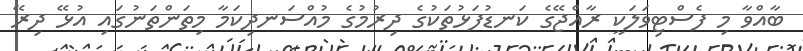
ބާއްވާ މި ފެސްޓިވަލަކީ ރާއްޖޭގެ ކަނޑުފަޅުތަކުގެ ދިރުމުގެ މުއްސަނދިކަމާ މިތަންތަނުގައި އުޅޭ ދިރޭ